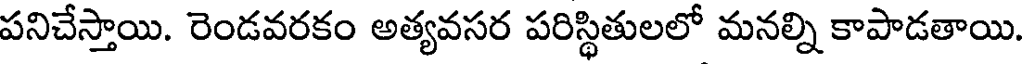
పనిచేస్తాయి. రెండవరకం అత్యవసర పరిస్థితులలో మనల్ని కాపాడతాయి.